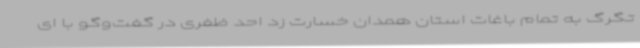
تگرگ به تمام باغات استان همدان خسارت زد احد ظفری در گفت‌وگو با ای